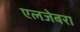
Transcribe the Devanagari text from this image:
एलजेबरा